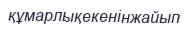
құмарлықекенінжайып